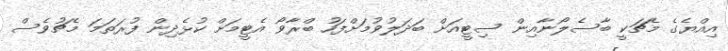
އިއްޔެގެ މެޗަކީ ބާސެލޯނާއިން ސިޓީއަށް ބަދަލުވުމަށްފަހު ބްރާވޯ އެޓީމަށް ކުޅެދިން ފުރަތަމަ މެޗުވެސް